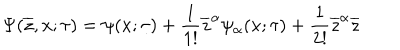
LaTeX: \Psi ( \overline { { { z } } } , x ; \tau ) = \psi ( x ; \tau ) + \frac { 1 } { 1 ! } \overline { { { z } } } ^ { \alpha } \psi _ { \alpha } ( x ; \tau ) + \frac { 1 } { 2 ! } \overline { { { z } } } ^ { \alpha } \overline { { { z } } }